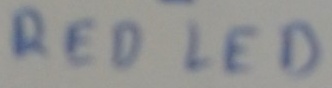
Text: RED LED